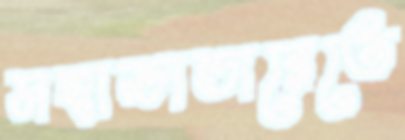
মহাভান্ডারেতে